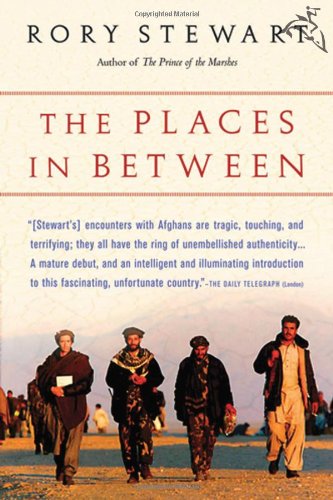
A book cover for The Places In Between; Rory Stewart; Travel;